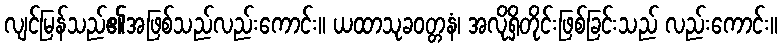
လျင်မြန်သည်၏အဖြစ်သည်လည်းကောင်း။ ယထာသုခဝတ္တနံ၊ အလိုရှိတိုင်းဖြစ်ခြင်းသည် လည်းကောင်း။